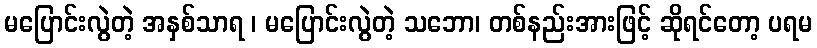
မပြောင်းလွဲတဲ့ အနှစ်သာရ ၊ မပြောင်းလွဲတဲ့ သဘော၊ တစ်နည်းအားဖြင့် ဆိုရင်တော့ ပရမ